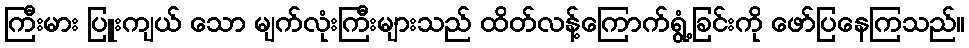
ကြီးမား ပြူးကျယ် သော မျက်လုံးကြီးများသည် ထိတ်လန့်ကြောက်ရွံ့ခြင်းကို ဖော်ပြနေကြသည်။